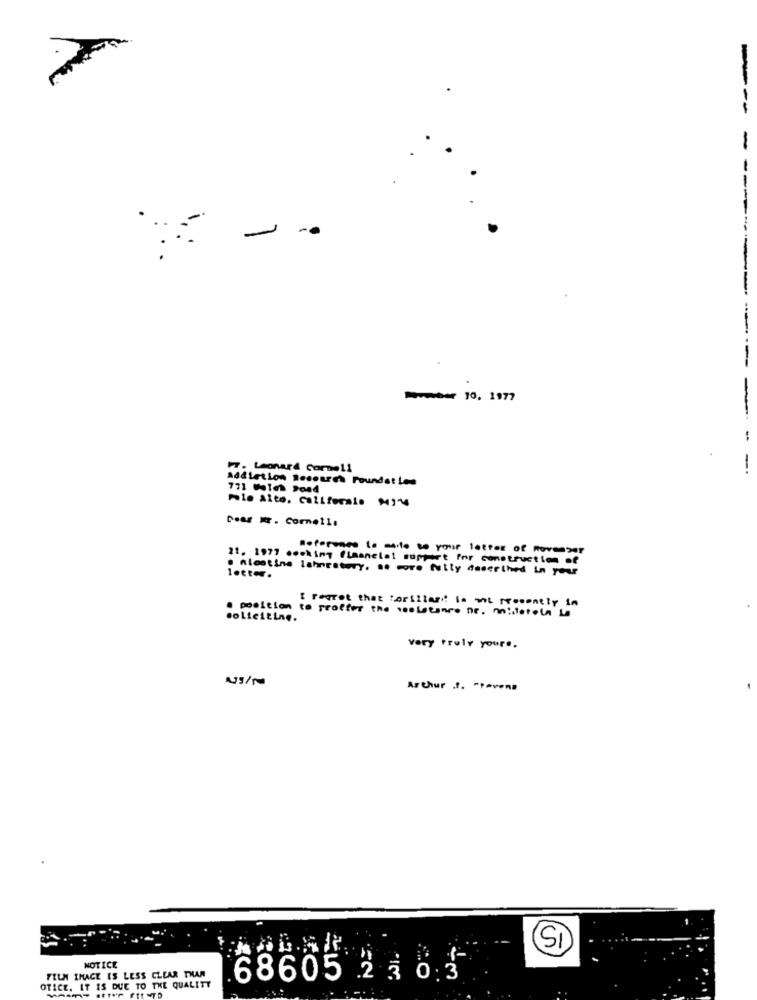
-
Number 10, 1977
-
-
IT. Leonard Carmeli
-
addletion Research Foundation
771 Wales Pond
Ple Alto. Callferais M144
Dear . Cornell:
Referenes la mente to your letter of Rovenser
21. 1977 mocking flaanelat support for construction of
. Alestine lahnestory. .. more fully deserthed in your
letter.
· position to proffer the ssoLatence nr. mistetola Lo
I regret that torillar is mot recently in
soliciting.
very truly yours.
US/N
Arthur J. " Perono
SI
NOTICE
FELN IMAGE IS LESS CLEAR THAN
68605 2 5 of
OTICE. IT IS DUE TO THE QUALITY